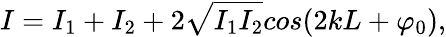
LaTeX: I=I_{1}+I_{2}+2\sqrt{I_{1}I_{2}}cos(2kL+\varphi_{0}),